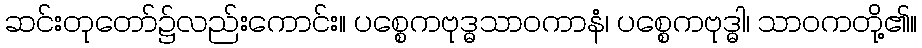
ဆင်းတုတော်၌လည်းကောင်း။ ပစ္စေကဗုဒ္ဓသာဝကာနံ၊ ပစ္စေကဗုဒ္ဓါ၊ သာဝကတို့၏။